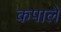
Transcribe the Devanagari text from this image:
कपाले